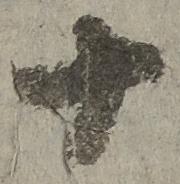
十